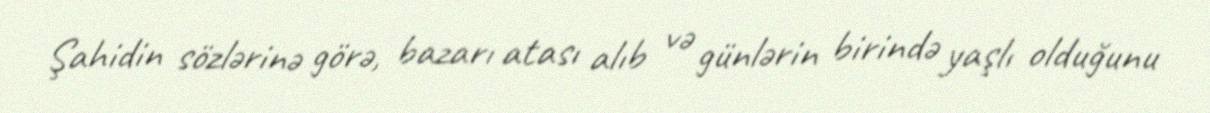
Şahidin sözlərinə görə, bazarı atası alıb və günlərin birində yaşlı olduğunu